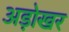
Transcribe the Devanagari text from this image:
अड़ोखर